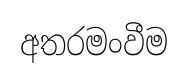
අතරමංවීම